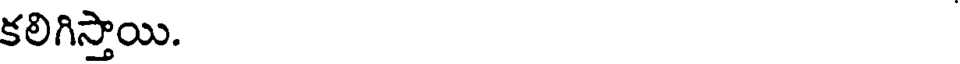
కలిగిస్తాయి.